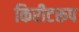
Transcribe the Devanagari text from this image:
किरीटरूप